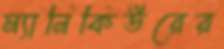
ম্যানিকিউরের